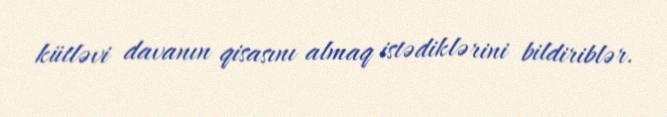
kütləvi davanın qisasını almaq istədiklərini bildiriblər.